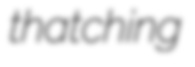
thatching